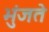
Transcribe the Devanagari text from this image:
भुंजते